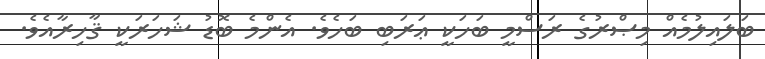
ބަލައިލުމެއް މިޞްރުގެ ރަސްމީ ބަހަކީ ޢަރަބި ބަހެވެ. އެންމެ ބޮޑު ޝަހަރަކީ ޤާހިރާއެވެ.